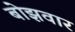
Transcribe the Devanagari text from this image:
बोझवार